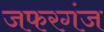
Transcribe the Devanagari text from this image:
जफरगंज